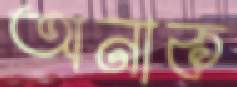
অনাক